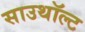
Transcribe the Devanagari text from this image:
साउथॉल्ट